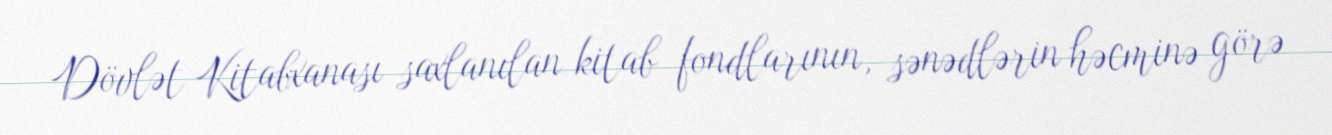
Dövlət Kitabxanası saxlanılan kitab fondlarının, sənədlərin həcminə görə